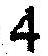
4